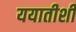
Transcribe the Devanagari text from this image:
ययातीशी